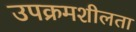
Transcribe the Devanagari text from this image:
उपक्रमशीलता